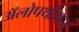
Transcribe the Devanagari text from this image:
अॅलोपथीमध्ये